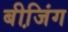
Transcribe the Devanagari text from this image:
बीजि़ंग